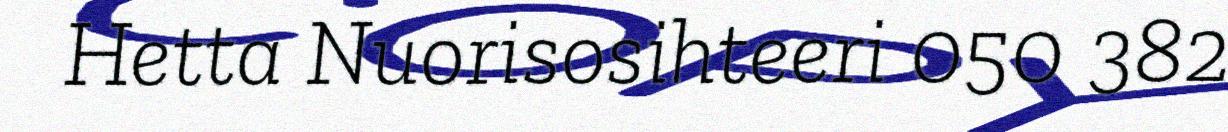
Hetta Nuorisosihteeri 050 382